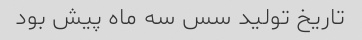
تاریخ تولید سس سه ماه پیش بود